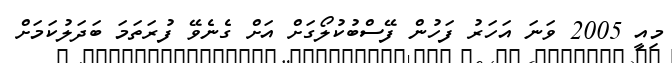
މިއީ 2005 ވަަނަ އަހަަރު ފަހުން ފޭސްބުކުލޯގަށް އަށް ގެނެވޭ ފުރަތަމަ ބަދަލުކަމަށް